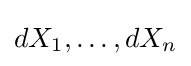
dX_{1},\ldots ,dX_{n}